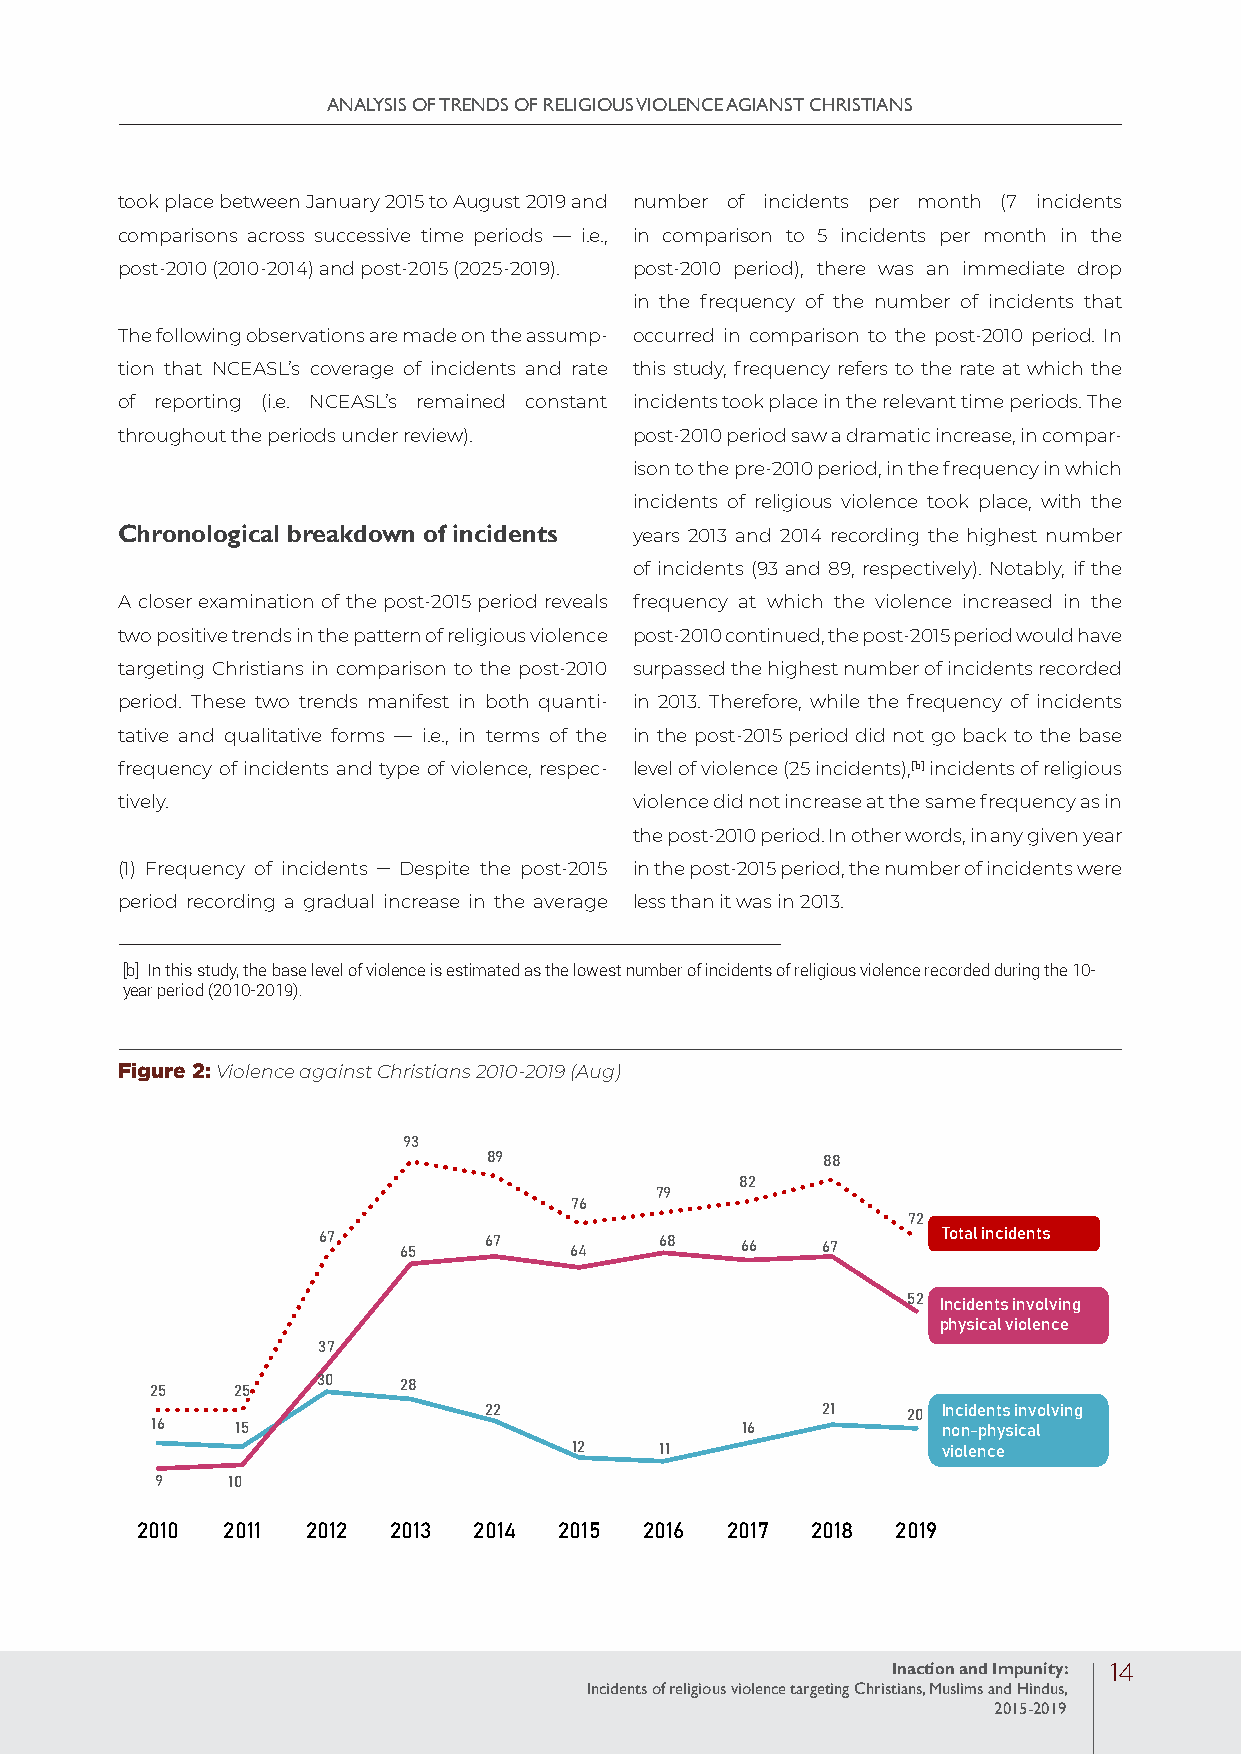
ANALYSIS OF TRENDS OF RELIGIOUS VIOLENCE AGIANST CHRISTIANS
 took place between January 2015 to August 2019 and number of incidents per month (7 incidents
 comparisons across successive time periods — i.e., in comparison to 5 incidents per month in the
 post-2010 (2010-2014) and post-2015 (2025-2019). post-2010 period), there was an immediate drop
 in the frequency of the number of incidents that
 The following observations are made on the assump- occurred in comparison to the post-2010 period. In
 tion that NCEASL’s coverage of incidents and rate this study, frequency refers to the rate at which the
 of reporting (i.e. NCEASL’s remained constant incidents took place in the relevant time periods. The
 throughout the periods under review). post-2010 period saw a dramatic increase, in compar-
 ison to the pre-2010 period, in the frequency in which
 incidents of religious violence took place, with the
 Chronological breakdown of incidents years 2013 and 2014 recording the highest number
 of incidents (93 and 89, respectively). Notably, if the
 A closer examination of the post-2015 period reveals frequency at which the violence increased in the
 two positive trends in the pattern of religious violence post-2010 continued, the post-2015 period would have
 targeting Christians in comparison to the post-2010 surpassed the highest number of incidents recorded
 period. These two trends manifest in both quanti- in 2013. Therefore, while the frequency of incidents
 tative and qualitative forms — i.e., in terms of the in the post-2015 period did not go back to the base
 frequency of incidents and type of violence, respec- level of violence (25 incidents), incidents of religious
 [b]
 tively.                           violence did not increase at the same frequency as in
 the post-2010 period. In other words, in any given year
 (1) Frequency of incidents – Despite the post-2015 in the post-2015 period, the number of incidents were
 period recording a gradual increase in the average less than it was in 2013.
 Figure 2: Violence against Christians 2010-2019 (Aug)
 [b] In this study, the base level of violence is estimated as the lowest number of incidents of religious violence recorded during the 10-
 year period (2010-2019).
 Figure 2: Violence against Christians 2010-2019 (Aug)
 93
 89                    88
 82
 79
 76
 72
 67   65    67    64    68   66   67      Total incidents
 52 Incidents involving
 physical violence
 37
 25   25    30   28
 22                    21    20 Incidents involving
 16    15                               16           non-physical
 12    11                violence
 9    10
 2010  2011 2012  2013 2014  2015  2016 2017  2018 2019
 Inaction and Impunity: 14
 Incidents of religious violence targeting Christians, Muslims and Hindus,
 2015-2019